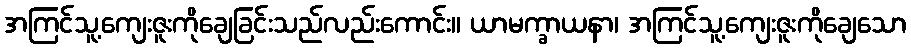
အကြင်သူ့ကျေးဇူးကိုချေခြင်းသည်လည်းကောင်း။ ယာမက္ခာယနာ၊ အကြင်သူ့ကျေးဇူးကိုချေသော